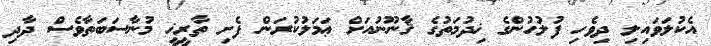
އެކުލަވައިލި ދިވެހި ފުލުހުންގެ ޚިދުމަތުގެ ޤާނޫނުއަށް ޢަމަލުކުރަން ފެށި ތާރީޚީ މުނާސަބަތާވެސް ދާދި